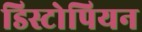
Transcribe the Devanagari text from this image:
डिस्टोपियन